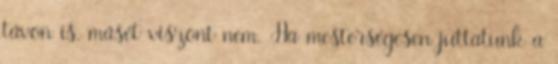
távon is, másét viszont nem. Ha mesterségesen juttatunk a